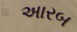
અારબ